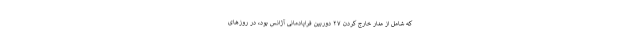
که شامل از مدار خارج کردن ۲۷ دوربین فراپادمانی آژانس بود، در روز‌های